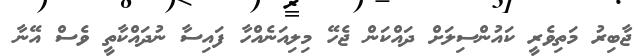
ޖާބިރު މަތިވެރީ ކައުންސިލަށް ދައްކަން ޖެހޭ މިލިއަނެއްހާ ފައިސާ ނުދައްކާތީ ވެސް އޭނާ